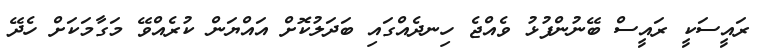
ރައީސަކީ ރައީސް ބޭނުންފުޅު ވެއްޖެ ހިނދެއްގައި ބަދަލުކޮށް އައްޔަން ކުރެއްވޭ މަގާމަކަށް ހެދޭ